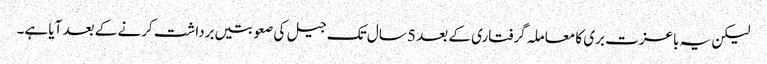
لیکن یہ باعزت بری کا معاملہ گرفتاری کے بعد 5 سال تک جیل کی صعوبتیں برداشت کرنے کے بعد آیا ہے۔